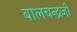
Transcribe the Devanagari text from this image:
बालचन्द्रजी